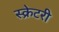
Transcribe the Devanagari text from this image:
स्क्रेटरी